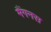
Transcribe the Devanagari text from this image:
मैंगनस